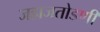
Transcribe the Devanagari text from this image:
जहाजतोडणी